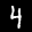
Label: 4